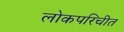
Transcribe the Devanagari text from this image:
लोकपरिचीत